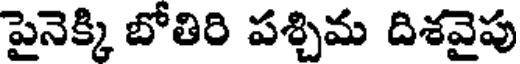
పైనెక్కి బోతిరి పశ్చిమ దిశవైపు